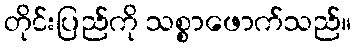
တိုင်းပြည်ကို သစ္စာဖောက်သည်။